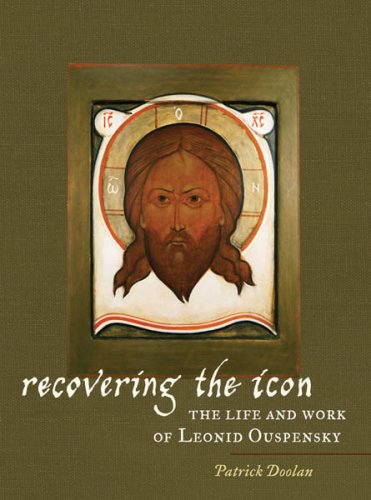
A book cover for Recovering the Icon: The Life and Works of Leonid Ouspensky; Patrick Doolan; Religion & Spirituality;